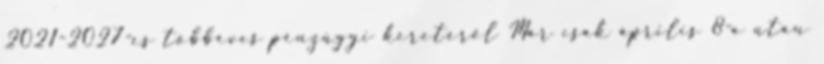
2021-2027-es többéves pénzügyi keretéről Már csak április 8-a után